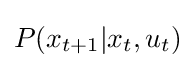
P(x_{t+1}|x_{t},u_{t})